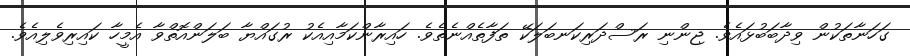
ގަހަނާތަކުން ވިދާބަބުޅައެވެ. ޖިންނި ރަސްދަރިކަނބަލަކޭ ތަފާތެއްނެތެވެ. ހައިރާންކަމާއިއެކު ރުގައްޔާ ބަލަންއޮތްވާ އެމީހާ ކައިރިވެލިއެވެ.